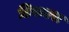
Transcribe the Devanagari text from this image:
डिसक्स